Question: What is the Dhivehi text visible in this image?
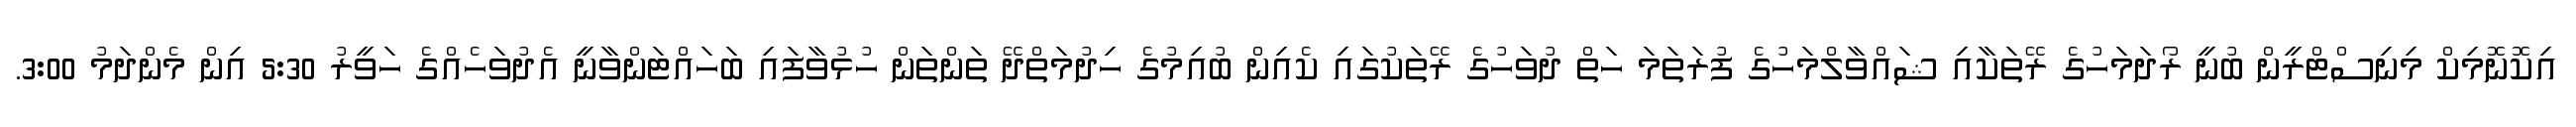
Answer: އިކޮނޮމިކް މިނިސްޓްރީން ބުނީ ރޯދަމަހުގެ ރޭތަކާއި ޝައްވާލްމަހުގެ ފުރަތަމަ ހަތް ދުވަހުގެ ރޭތަކުގައި ކެއިން ބުއިމުގެ ހިދުމަތްދޭ ތަންތަން ހުޅުވާފައި ބަހައްޓަންވާނީ އެދުވަހެއްގެ ހަވީރު 5:30 އިން މެންދަމު 3:00.